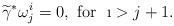
LaTeX: \begin{align*}\widetilde{\gamma}^*\omega^i_j=0,\mbox{ for }\ \i>j+1.\end{align*}